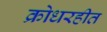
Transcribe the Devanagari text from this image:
क्रोधरहीत